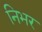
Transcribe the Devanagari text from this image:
निभर